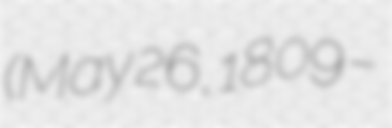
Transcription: (May 26, 1809 –